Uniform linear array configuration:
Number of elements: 12
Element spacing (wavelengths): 0.25
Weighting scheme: kaiser
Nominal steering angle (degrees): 15
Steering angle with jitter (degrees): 16.565
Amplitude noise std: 0.05
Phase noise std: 0.05

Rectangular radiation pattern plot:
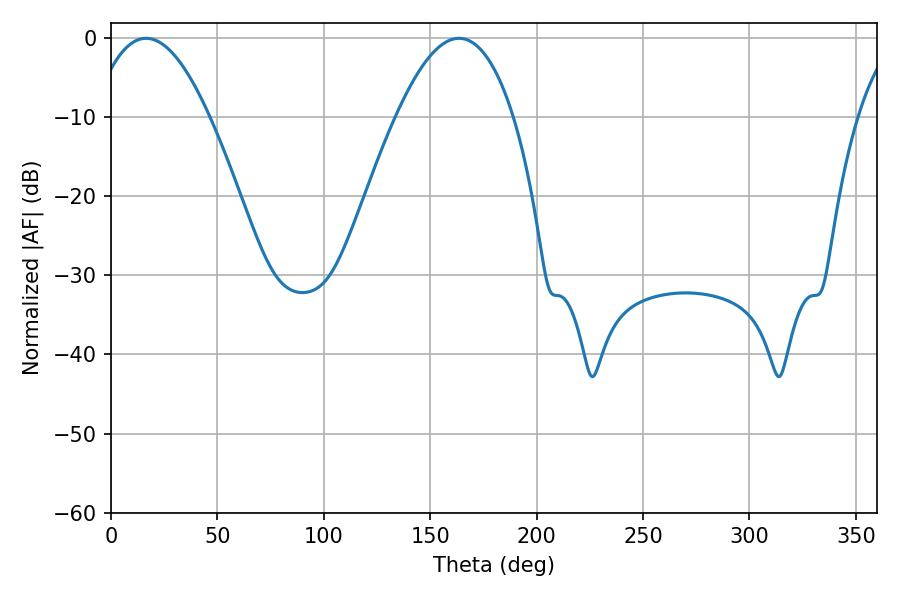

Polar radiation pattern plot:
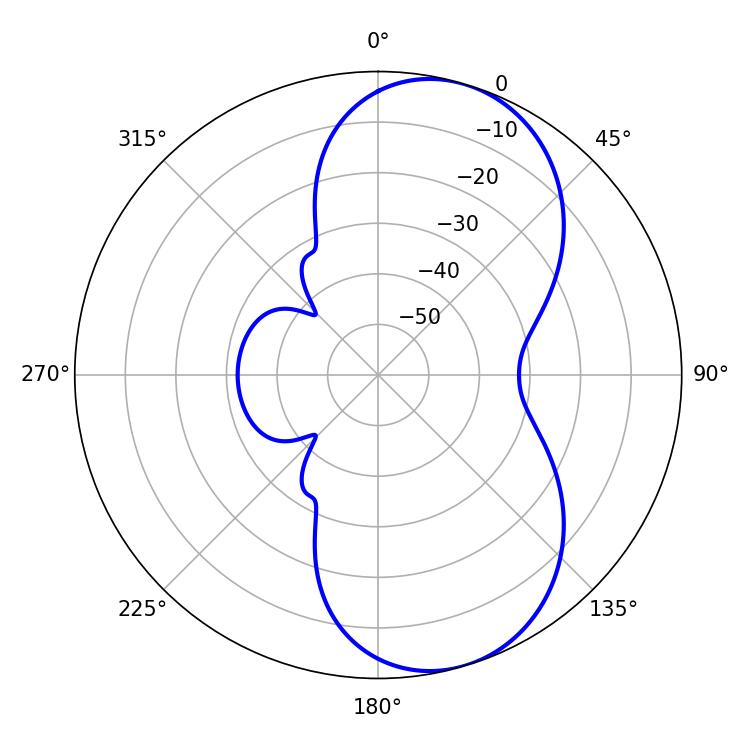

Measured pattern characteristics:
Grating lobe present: FALSE
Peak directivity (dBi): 7.691
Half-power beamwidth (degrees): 30.24
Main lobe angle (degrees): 16.56